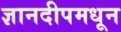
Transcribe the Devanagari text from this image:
ज्ञानदीपमधून